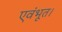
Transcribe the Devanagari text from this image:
एवंभूत।